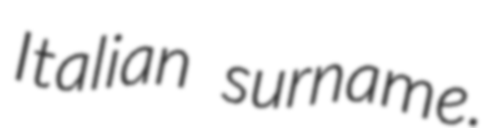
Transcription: Italian surname.